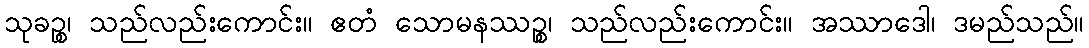
သုခဉ္စ၊ သည်လည်းကောင်း။ ဧတံ သောမနဿဉ္စ၊ သည်လည်းကောင်း။ အဿာဒေါ၊ ဒမည်သည်။